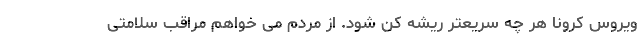
ویروس کرونا هر چه سریعتر ریشه کن شود. از مردم می خواهم مراقب سلامتی